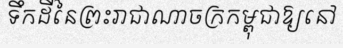
ទឹកដីនៃព្រះរាជាណាចក្រកម្ពុជាឱ្យនៅ